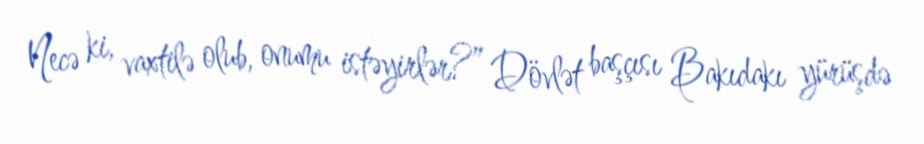
Necə ki, vaxtilə olub, onumu istəyirlər?” Dövlət başçısı Bakıdakı yürüşdə